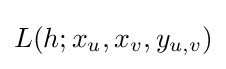
L(h;x_{u},x_{v},y_{u,v})